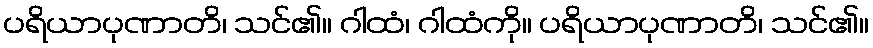
ပရိယာပုဏာတိ၊ သင်၏။ ဂါထံ၊ ဂါထံကို။ ပရိယာပုဏာတိ၊ သင်၏။